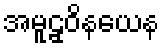
အမူဠှဝိနယေန